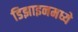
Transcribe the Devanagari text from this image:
डिझाइनमध्ये